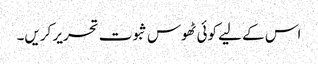
اس کے لیے کوئی ٹھوس ثبوت تحریر کریں۔